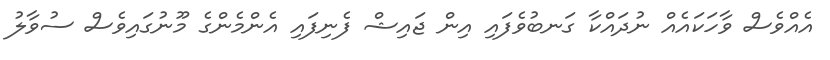
އެއްވެސް ވާހަކައެއް ނުދައްކާ ގަނބުވެފައި އިން ޖައިޝް ފެނިފައި އެންމެންގެ މޫނުގައިވެސް ސުވާލު